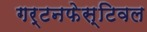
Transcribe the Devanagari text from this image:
गर्टनफेस्टिवल